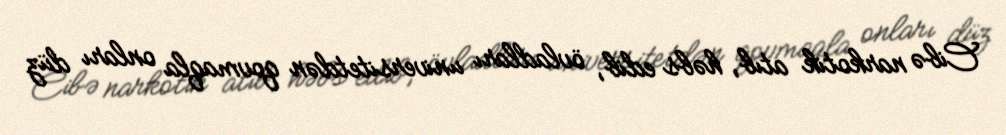
Cibə narkotik atıb, həbs edib, övladları universitetdən qovmaqla onları düz